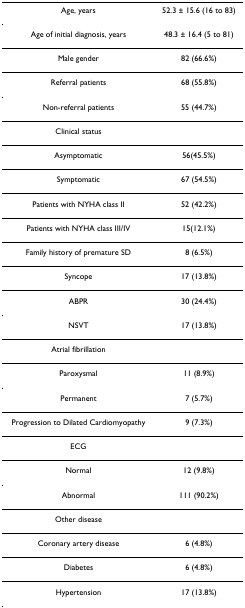
<table><thead><tr><td><b>Age, years</b></td><td><b>52.3 ± 15.6 (16 to 83)</b></td></tr></thead><tbody><tr><td>Age of initial diagnosis, years</td><td>48.3 ± 16.4 (5 to 81)</td></tr><tr><td>Male gender</td><td>82 (66.6%)</td></tr><tr><td>Referral patients</td><td>68 (55.8%)</td></tr><tr><td>Non-referral patients</td><td>55 (44.7%)</td></tr><tr><td>Clinical status</td><td></td></tr><tr><td>Asymptomatic</td><td>56(45.5%)</td></tr><tr><td>Symptomatic</td><td>67 (54.5%)</td></tr><tr><td>Patients with NYHA class II</td><td>52 (42.2%)</td></tr><tr><td>Patients with NYHA class III/IV</td><td>15(12.1%)</td></tr><tr><td>Family history of premature SD</td><td>8 (6.5%)</td></tr><tr><td>Syncope</td><td>17 (13.8%)</td></tr><tr><td>ABPR</td><td>30 (24.4%)</td></tr><tr><td>NSVT</td><td>17 (13.8%)</td></tr><tr><td>Atrial fibrillation</td><td></td></tr><tr><td>Paroxysmal</td><td>11 (8.9%)</td></tr><tr><td>Permanent</td><td>7 (5.7%)</td></tr><tr><td>Progression to Dilated Cardiomyopathy</td><td>9 (7.3%)</td></tr><tr><td>ECG</td><td></td></tr><tr><td>Normal</td><td>12 (9.8%)</td></tr><tr><td>Abnormal</td><td>111 (90.2%)</td></tr><tr><td>Other disease</td><td></td></tr><tr><td>Coronary artery disease</td><td>6 (4.8%)</td></tr><tr><td>Diabetes</td><td>6 (4.8%)</td></tr><tr><td>Hypertension</td><td>17 (13.8%)</td></tr></tbody></table>